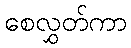
စေလွှတ်ကာ